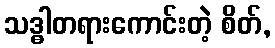
သဒ္ဓါတရားကောင်းတဲ့ စိတ်,